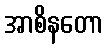
အာစိနတော